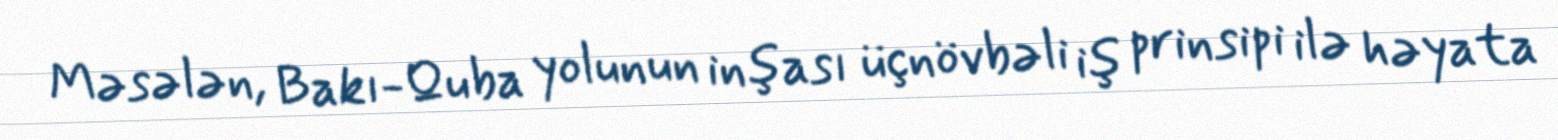
Məsələn, Bakı-Quba yolunun inşası üçnövbəli iş prinsipi ilə həyata